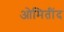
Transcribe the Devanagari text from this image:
ओमितींद